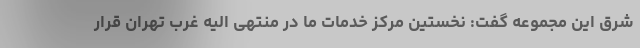
شرق این مجموعه گفت: نخستین مرکز خدمات ما در منتهی الیه غرب تهران قرار